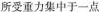
所受重力集中于一点